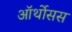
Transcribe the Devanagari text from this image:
ऑर्थोसस